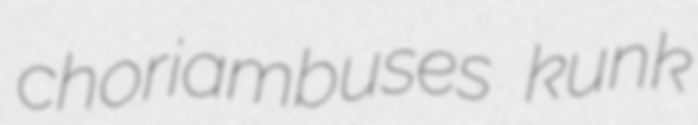
choriambuses kunk